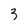
Character: 3